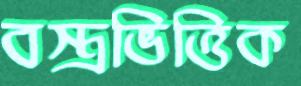
বস্ত্রভিত্তিক